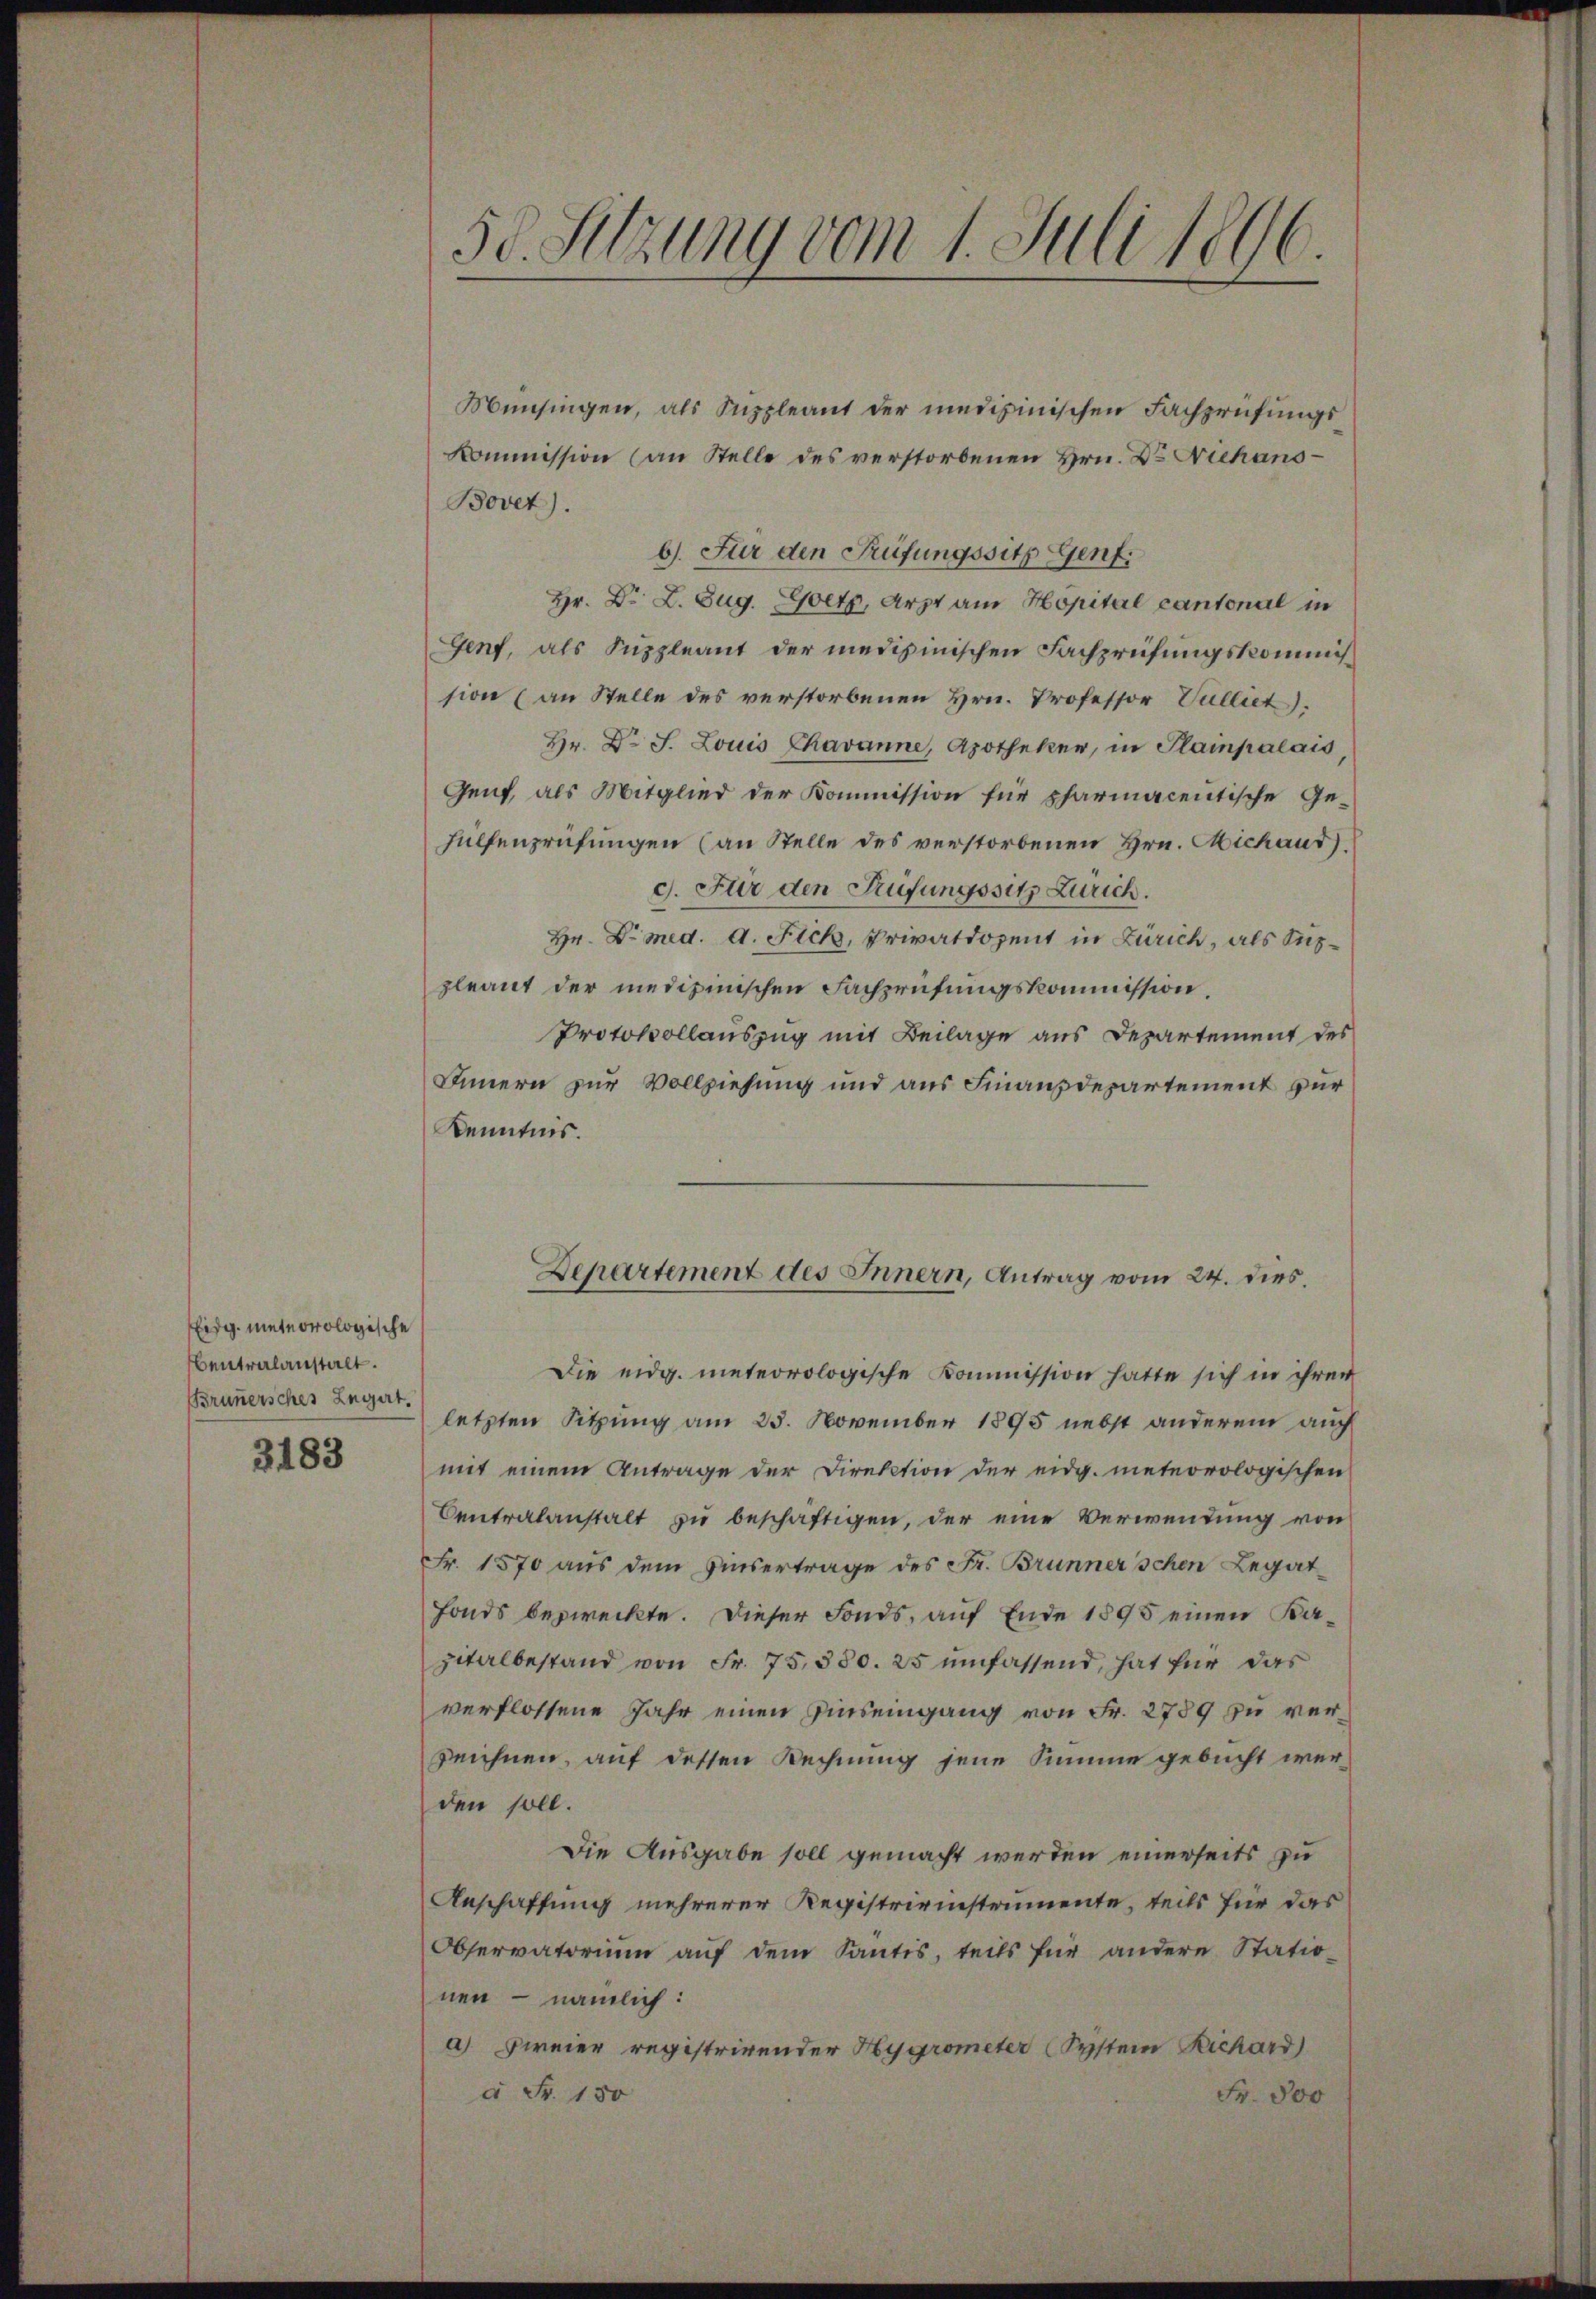
Eidg. meteorologische
bentralanstalt.
Brunnersches Legat.

3183

50. Setzung vom 1. Juli 1896.

Münsingen, als Sippleant der medizinischen Fachprüfungskommission (an Stelle des verstorbenen Hrn. Dr Niehans¬
Bovet).
b). Für den Prüfungssitz Genf.
Hr. Dr. L. Zug. Goetz, Arzt am Hopital cantonal in
Genf, als Suppleant der medizinischen Fachprüfungskommission (an Stelle des verstorbenen Hrn. Professor Vulliet).
Hr. Dr J. Louis Chavanne, Apotheker, in Plampalais
Gent, als Mitglied der Kommission für pharmacentische Ge-
Hülfenprüfungen (an Stelle des verstorbenen Hrn. Michaus)
c. Für den Prüfungssitz Zürich.
Hr. Dr med. d. Fick, Privatdozent in Zürich, als Suppleant der medizinischen Fachprüfungskommission.
Protokollauszug mit Beilage aus Departement des
Innern zur Vollziehung und aus Finanzdepartement für
Kenntnis.
Departement des Innern, Antrag vom 24. dies
Die eidg. meteorologische Kommission hatte sich in ihren
letzten Sitzung am 25. November 1895 nebst anderem auch
mit einem Antrage der Direktion der eidg. meteorologischen
Centralanstalt zu beschäftigen, der eine Verwendung von
Fr. 1570 aus dem Einsertrage des Fr. Brunner schen Legat
Fonds bezweckte. Dieser Fonds, auf Ende 1895 einen Kazialbestand von Fr. 75, 380. 25 umfassend, hat für das
verflossene Jahr einen Einseingang von Fr. 2789 zu verzeichnen, auf dessen Rechnung jene Summe gebucht werden soll.
Die Ausgabe soll gemacht werden einerseits zu
Anschaffung mehrerer Registrieinstrumente, teils für das
Observatorium aŭf dem Santis, teils für andere Statio-
nen – nämlich:
a) zweier registrirender Hygrometer (System Richard)
à Fr. 150
Fr. 300